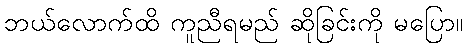
ဘယ်လောက်ထိ ကူညီရမည် ဆိုခြင်းကို မပြော။